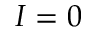
I = 0